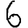
Digit: 6